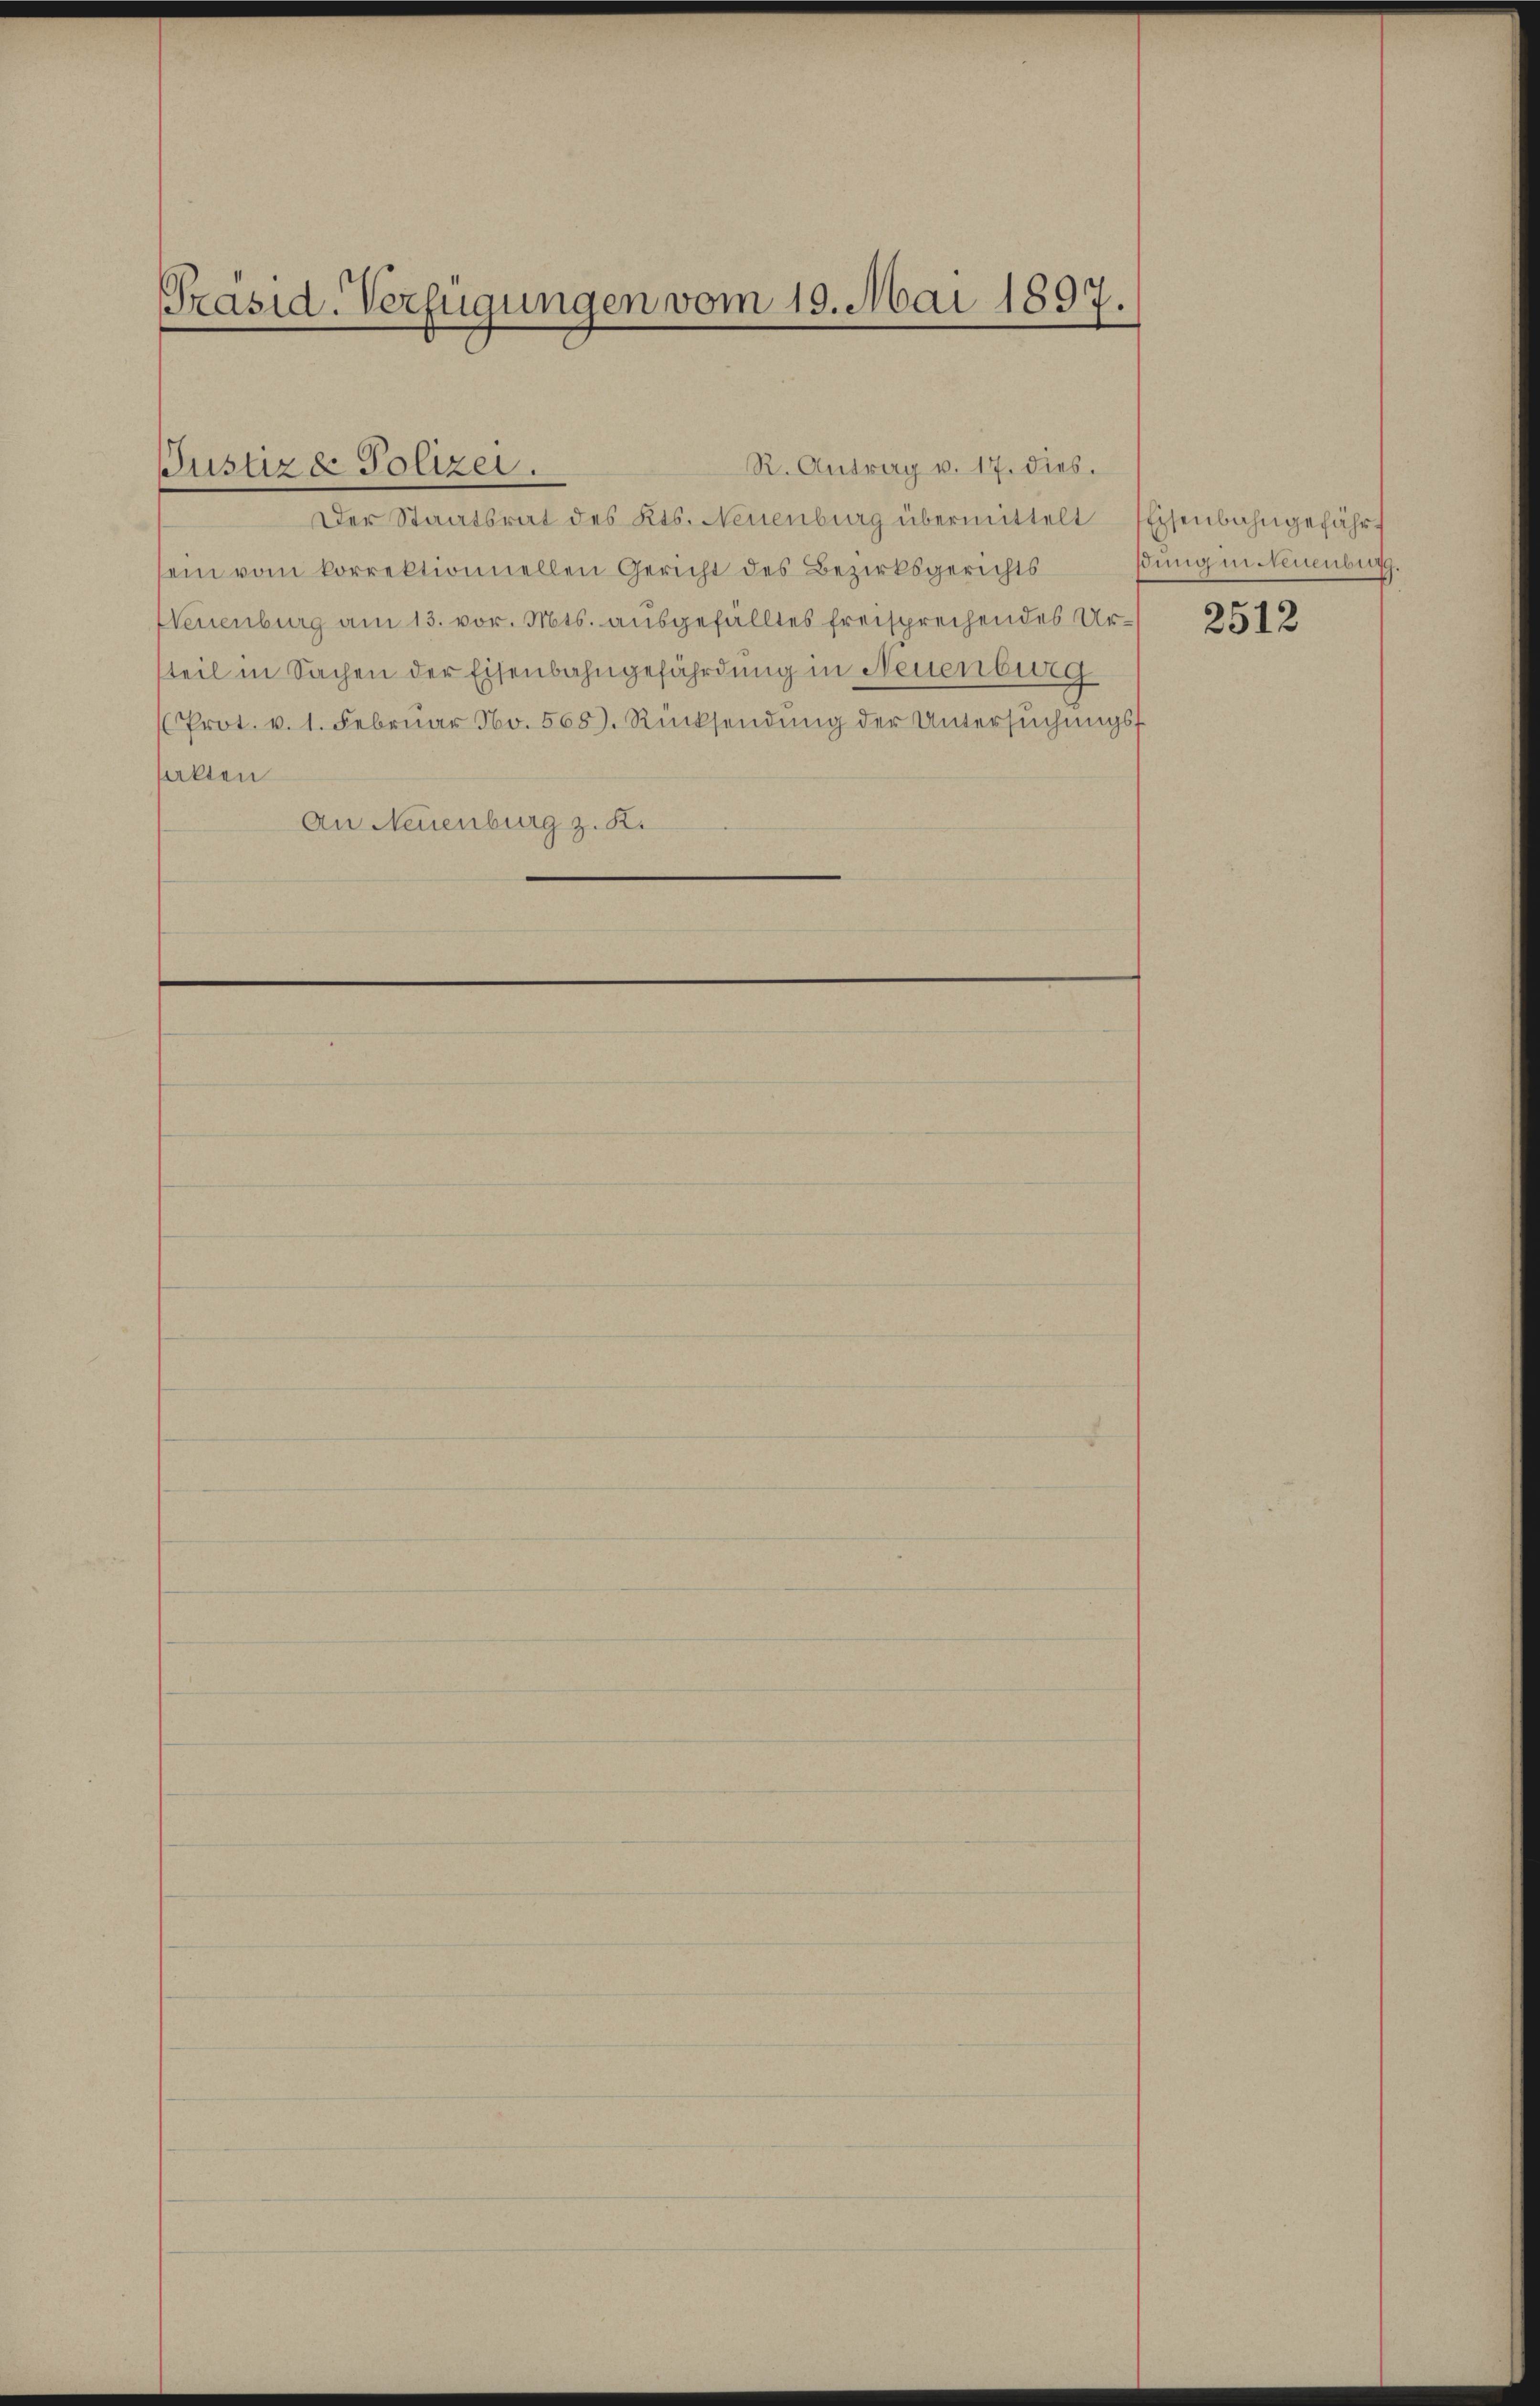
Präsid-Verfügungen vom 19. Mai 1897.

Justiz & Polizei.

Der Staatsrat des Kts. Neuenburg übermittelt Eisenbahngefährt
sein vom korrektionnellen Gericht des Bezirksgerichts
Neuenburg am 13. vor. Mts. ausgefälltes freisprechendes Urteil in Sachen der Eisenbahngefährdung in Neuenburg
(Prot. v. 1. Febrŭar No. 568. Rücksendŭng der Untersŭchŭngsf
sakten
An Neuenburg z. R.

R. Antrag v. 17. dies.

ßung in Neuenburg.

2512